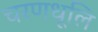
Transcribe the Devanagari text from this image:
चरणधूलि